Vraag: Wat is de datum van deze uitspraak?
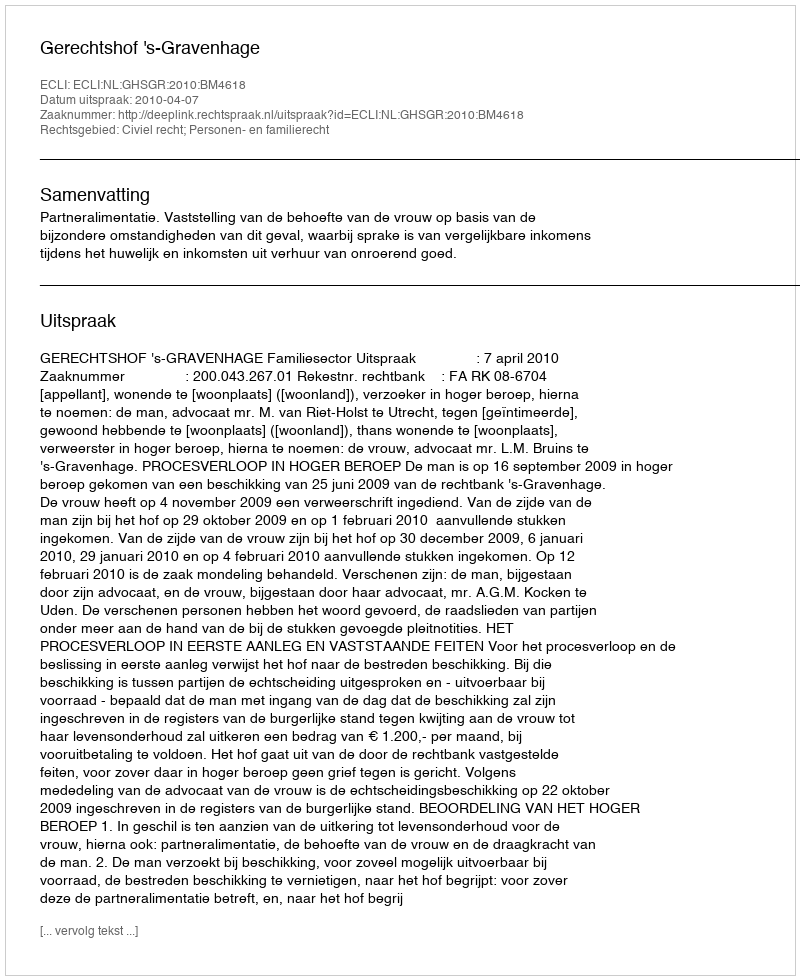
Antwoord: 2010-04-07